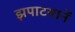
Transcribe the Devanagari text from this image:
झपाटयानें